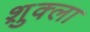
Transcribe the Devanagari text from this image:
श़ुक्ला